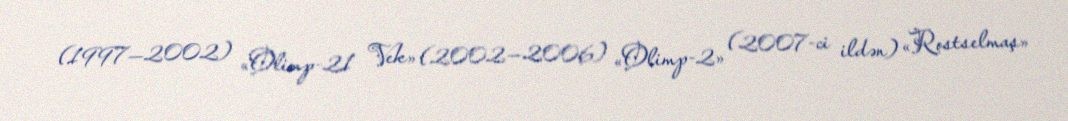
(1997—2002) «Olimp-21 Vek» (2002—2006) «Olimp-2» (2007-ci ildən) «Rostselmaş»